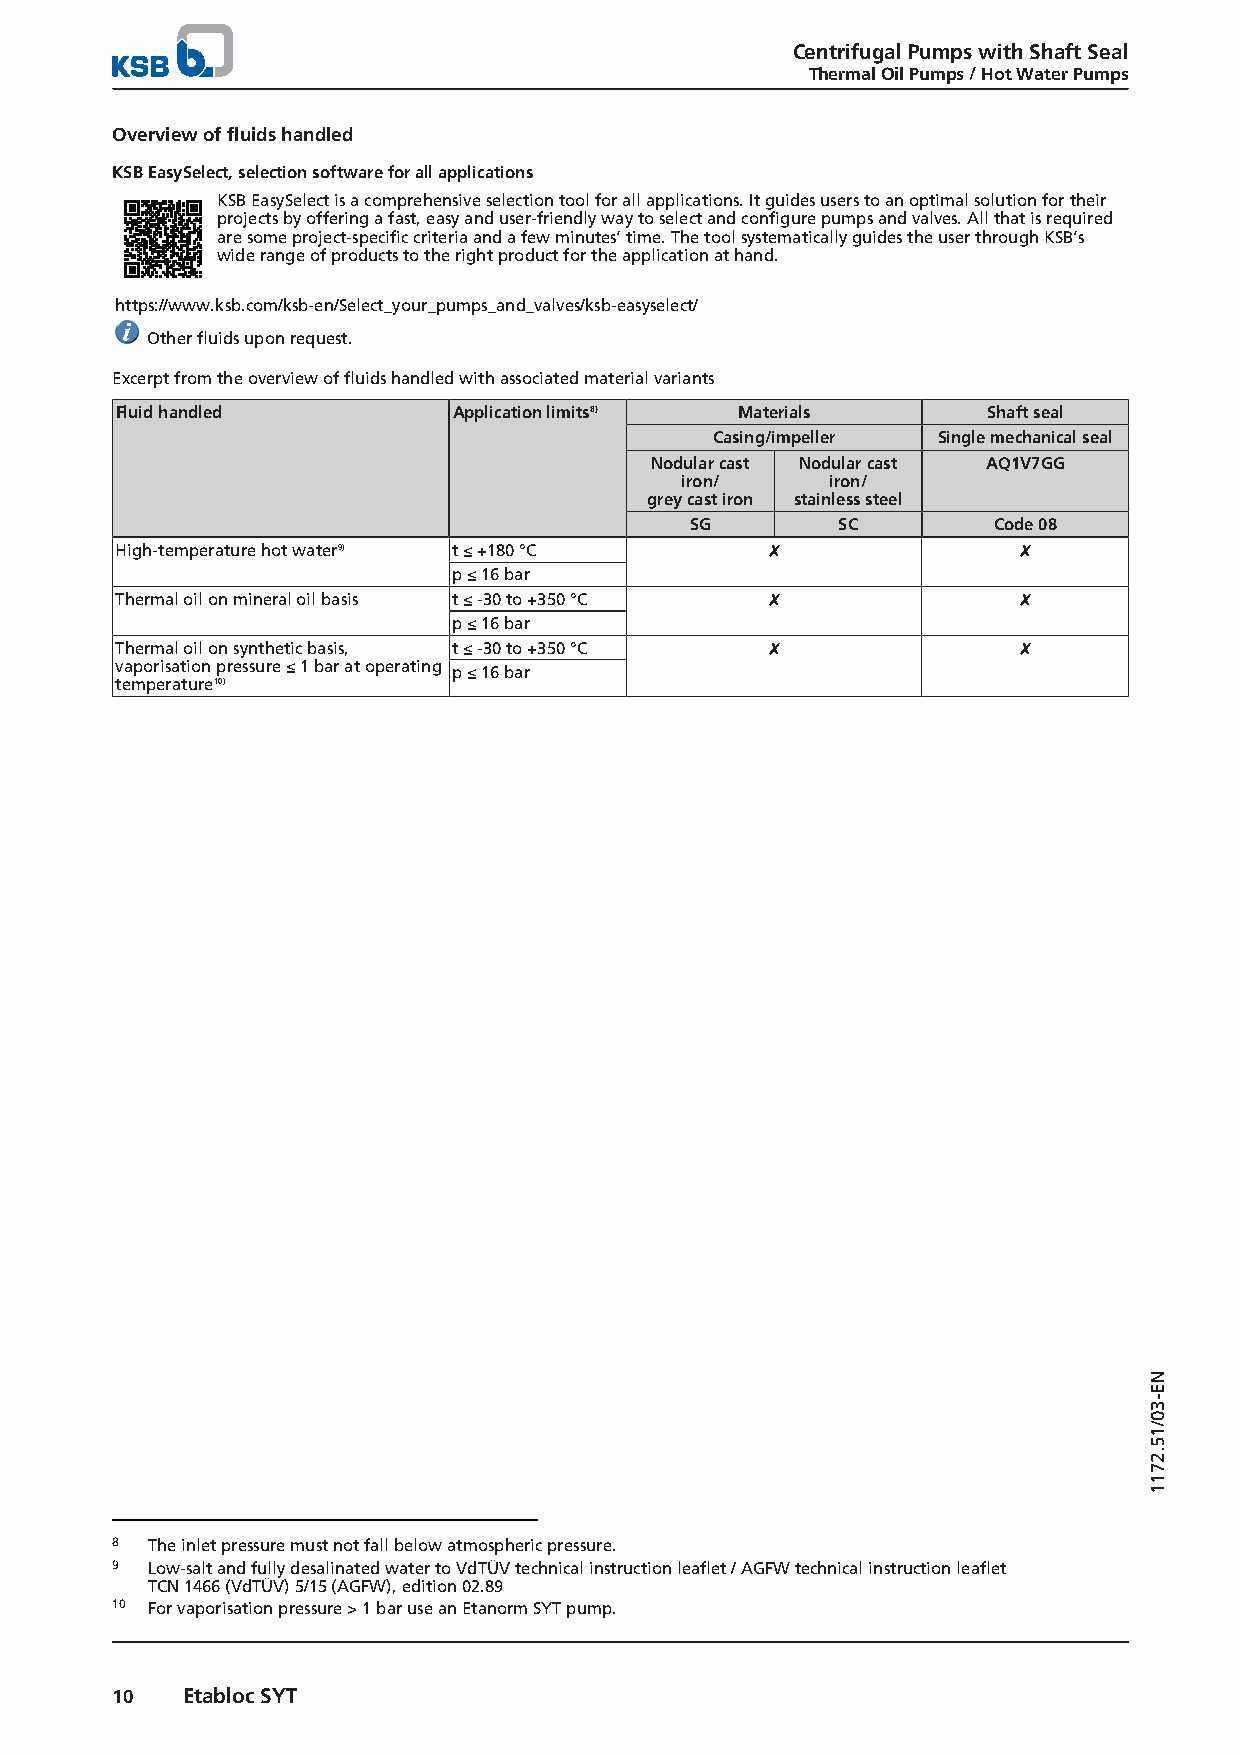
Centrifugal Pumps with Shaft Seal
 Thermal Oil Pumps / Hot Water Pumps
 Overview of fluids handled
 KSB EasySelect, selection software for all applications
 KSB EasySelect is a comprehensive selection tool for all applications. It guides users to an optimal solution for their
 projects by offering a fast, easy and user-friendly way to select and configure pumps and valves. All that is required
 are some project-specific criteria and a few minutes’ time. The tool systematically guides the user through KSB’s
 wide range of products to the right product for the application at hand.
 https://www.ksb.com/ksb-en/Select_your_pumps_and_valves/ksb-easyselect/
 Other fluids upon request.
 Excerpt from the overview of fluids handled with associated material variants
 Fluid handled         Application limits8) Materials     Shaft seal
 Casing/impeller Single mechanical seal
 Nodular cast Nodular cast AQ1V7GG
 iron/     iron/
 grey cast iron stainless steel
 SG       SC         Code 08
 High-temperature hot water9) t ≤ +180 °C   ✘               ✘
 p ≤ 16 bar
 Thermal oil on mineral oil basis t ≤ -30 to +350 °C ✘      ✘
 p ≤ 16 bar
 Thermal oil on synthetic basis, t ≤ -30 to +350 °C ✘       ✘
 vaporisation pressure ≤ 1 bar at operating
 p ≤ 16 bar
 temperature10)
 8  The inlet pressure must not fall below atmospheric pressure.
 9  Low-salt and fully desalinated water to VdTÜV technical instruction leaflet / AGFW technical instruction leaflet
 TCN 1466 (VdTÜV) 5/15 (AGFW), edition 02.89
 10 For vaporisation pressure > 1 bar use an Etanorm SYT pump.
 10   Etabloc SYT
 NE-30/15.2711